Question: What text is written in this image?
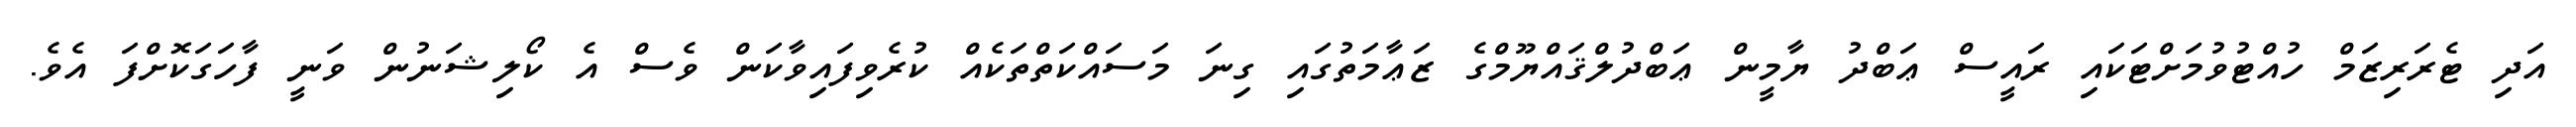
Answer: އަދި ޓެރަރިޒަމް ހުއްޓުވުމަށްޓަކައި ރައީސް ޢަބްދު ޔާމީން ޢަބްދުލްޤައްޔޫމްގެ ޒަޢާމަތުގައި ގިނަ މަސައްކަތްތަކެއް ކުރެވިފައިވާކަން ވެސް އެ ކޯލިޝަނުން ވަނީ ފާހަގަކޮށްފަ އެވެ.